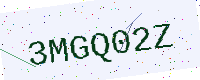
Text: 3MGQ02Z